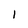
Character: I